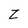
Character: Z